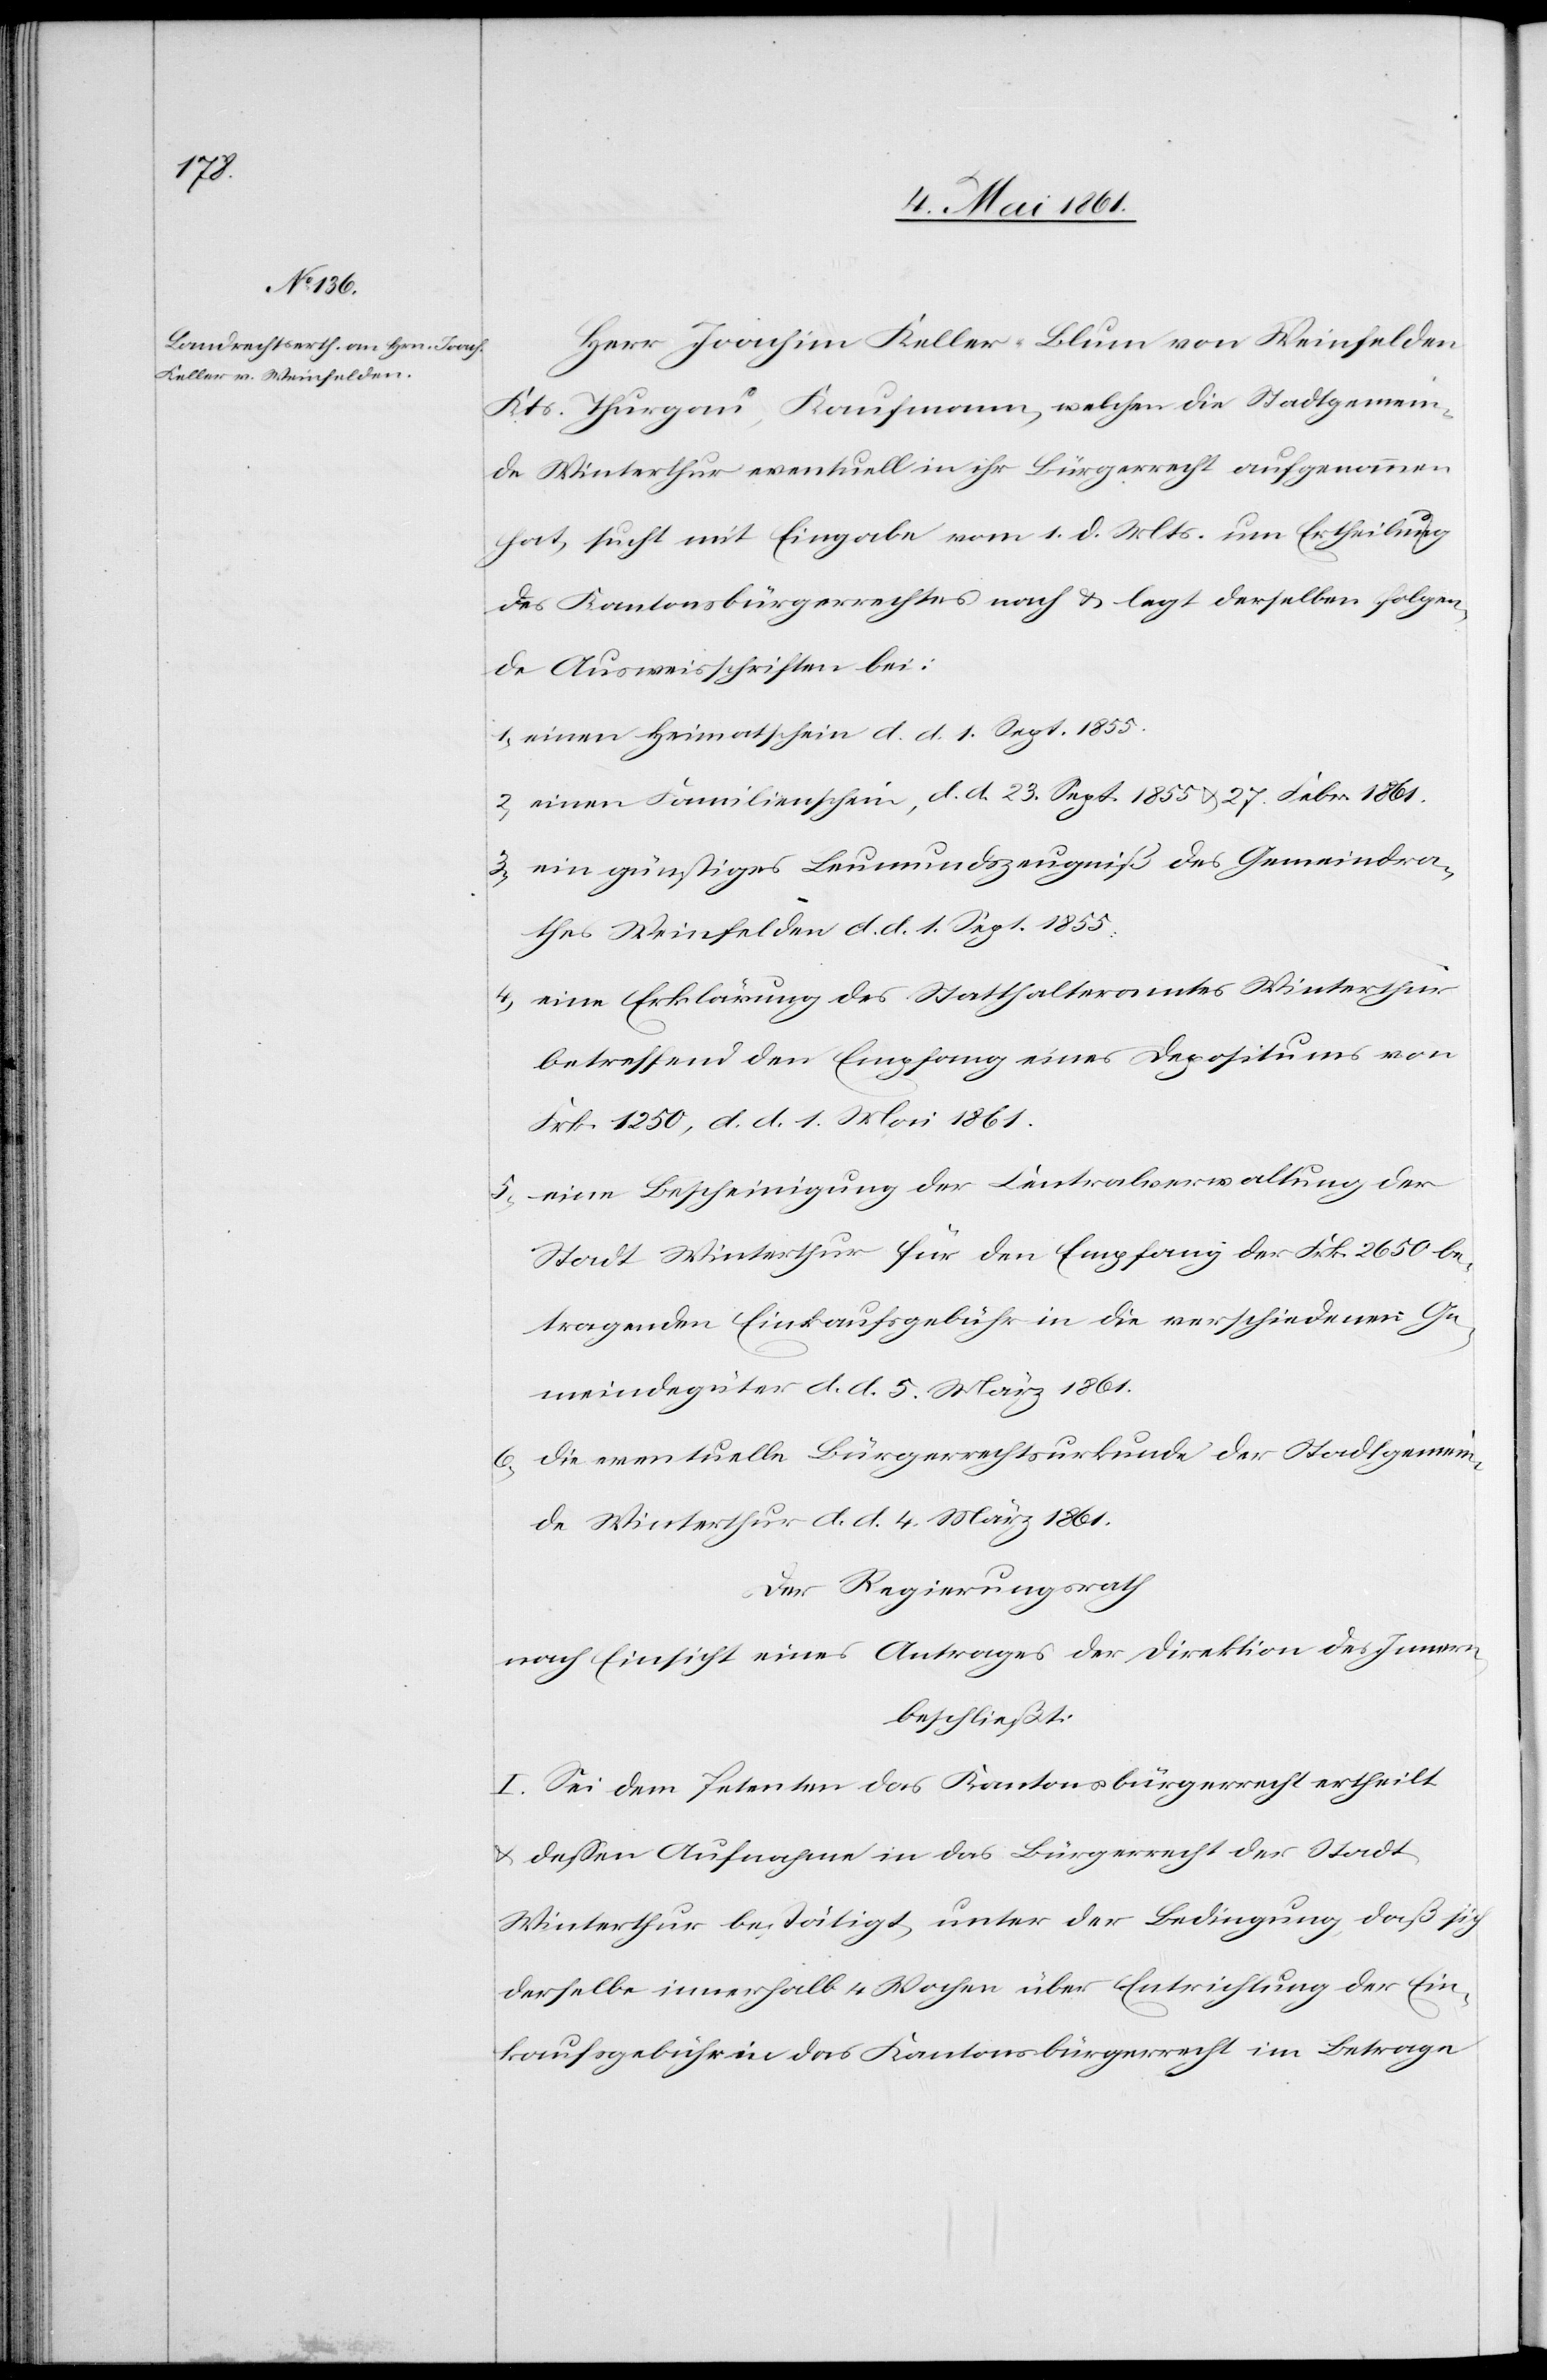
Herr Joachim Keller-Blum von Weinfelden
Kts. Thurgau, Kaufmann, welchen die Stadtgemein¬
de Winterthur eventuell in ihr Bürgerrecht aufgenommen
hat, sucht mit Eingabe vom 1. d. Mts. um Ertheilung
des Kantonsbürgerrechtes nach u. legt derselben folgen¬
de Ausweisschriften bei:
1) einen Heimatschein d. d. 1. Sept. 1855.
2) einen Familienschein, d. d. 23. Sept. 1855 u. 27. Febr. 1861.
3) ein günstiges Leumundszeugniß des Gemeindra¬
thes Weinfelden d. d. 1. Sept. 1855.
4) eine Erklärung des Statthalteramtes Winterthur
betreffend den Empfang eines Depositums von
Frk. 1250, d. d. 1. Mai 1861.
5) eine Bescheinigung der Centralverwaltung der
Stadt Winterthur für den Empfang der Frk. 2650 be¬
tragenden Einkaufsgebühr in die verschiedenen Ge¬
meindegüter d. d. 5. März 1861.
6) die eventuelle Bürgerrechtsurkunde der Stadtgemein¬
de Winterthur d. d. 4. März 1861.
Der Regierungsrath
nach Einsicht eines Antrages der Direktion des Innern,
beschließt:
I. Sei dem Petenten das Kantonsbürgerrecht ertheilt
u. dessen Aufnahme in das Bürgerrecht der Stadt
Winterthur bestätigt, unter der Bedingung, daß sich
derselbe innerhalb 4 Wochen über Entrichtung der Ein¬
kaufsgebühren in das Kantonsbürgerrecht im Betrage